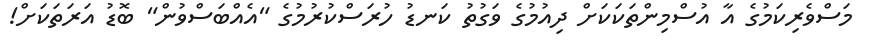
މަސްވެރިކަމުގެ އާ އުސްމިންތަކަކަށް ދިއުމުގެ ވަގުތު ކަނޑު ހުރަސްކުރުމުގެ "އެއްބަސްވުން" ބޮޑު އަރަތަކަށް!